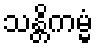
သန္တိကမ္မံ